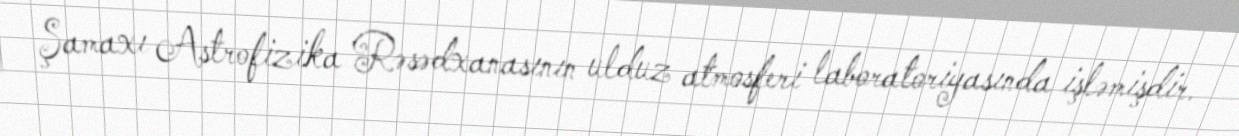
Şamaxı Astrofizika Rəsədxanasının ulduz atmosferi laboratoriyasında işləmişdir.